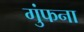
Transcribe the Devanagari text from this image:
गुंफना